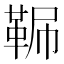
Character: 𩊧